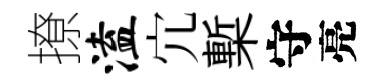
撩溘宂槧守亮